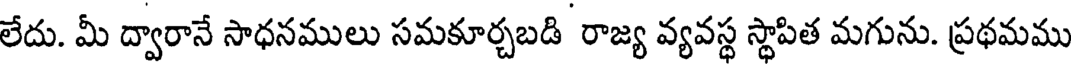
లేదు. మీ ద్వారానే సాధనములు సమకూర్చబడి రాజ్య వ్యవస్థ స్థాపిత మగును. ప్రథమము